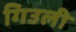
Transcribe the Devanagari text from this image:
गिउली